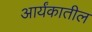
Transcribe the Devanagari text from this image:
आर्यंकातील